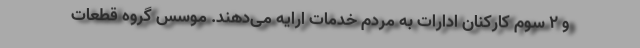
و ۲ سوم کارکنان ادارات به مردم خدمات ارایه می‌دهند. موسس گروه قطعات